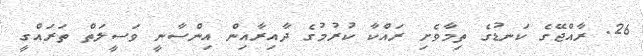
26. ރާއްޖޭގެ ކަނޑުގެ ތިމާވެށި ރައްކާ ކުރުމުގެ ދާއިރާއިން އިންސާނީ ވަސީލަތް ތަރައްގީ